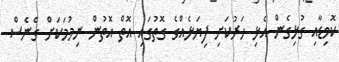
ކޮވިޑާއި ގުޅިގެން އެޅި ހަރުކަށި ފިޔަޅެއްގެ ގޮތުގައި އޮތް އޮތުން ނިމުމަކަށް ގެނެސް